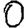
Digit: 0